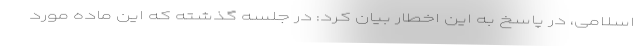
اسلامی، در پاسخ به این اخطار بیان کرد: در جلسه گذشته که این ماده مورد